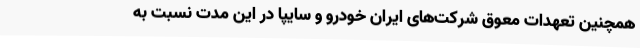
همچنین تعهدات معوق شرکت‌های ایران خودرو و سایپا در این مدت نسبت به